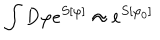
\int D \varphi e ^ { S [ \varphi ] } \approx e ^ { S [ \varphi _ { 0 } ] }